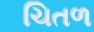
ચિતળ